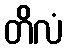
တိလံ